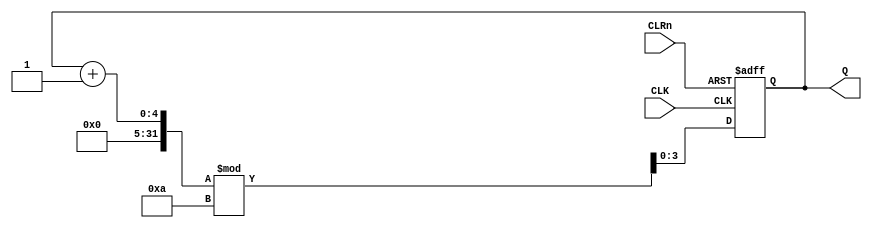
module counter_MN(CLK,CLRn,Q);
	parameter N = 10;
	parameter W = 4;
	input CLK,CLRn;
	output reg [W-1:0]Q;
	
	always@(posedge CLK or negedge CLRn)
		if(!CLRn)
			Q <= 0;
		else
			Q <= (Q + 1) % N;
endmodule